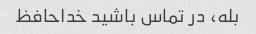
بله، در تماس باشید خداحافظ